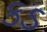
કડ